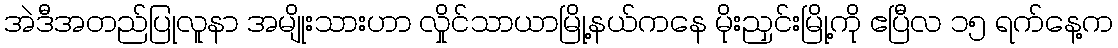
အဲဒီအတည်ပြုလူနာ အမျိုးသားဟာ လှိုင်သာယာမြို့နယ်ကနေ မိုးညှင်းမြို့ကို ဧပြီလ ၁၅ ရက်နေ့က